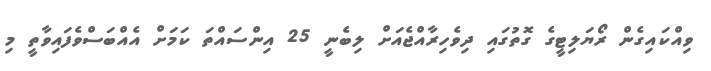
ވިއްކައިގެން ރޯޔަލިޓީގެ ގޮތުގައި ދިވެހިރާއްޖެއަށް ލިބެނީ 25 އިންސައްތަ ކަމަށް އެއްބަސްވެފައިވާތީ މި